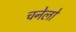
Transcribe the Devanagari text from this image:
चनेलो